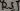
Text: RST